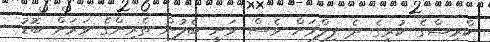
ކްރިޝްގެ ކުރީގެ ދެ ފިލްމަށް ވެސް ވަނީ ބެލުން ތެރިންގެ ވަރަށް ބޮޑު